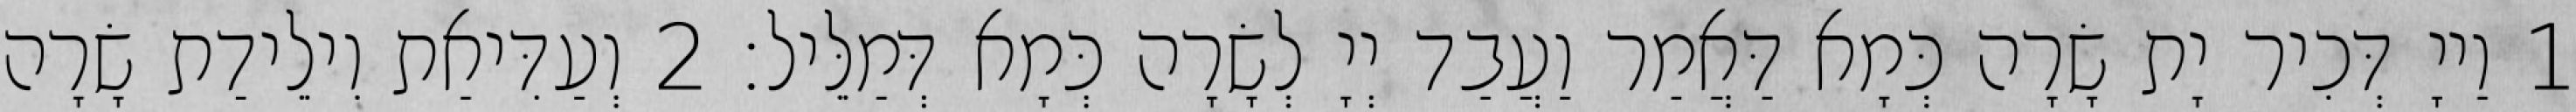
1 וַייָ דְּכִיר יָת שָׂרָה כְּמָא דַּאֲמַר וַעֲבַד יְיָ לְשָׂרָה כְּמָא דְּמַלֵּיל׃ 2 וְעַדִּיאַת וִילֵידַת שָׂרָה